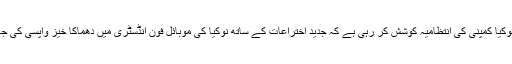
اب نوکیا کمپنی کی انتظامیہ کوشش کر رہی ہے کہ جدید اختراعات کے ساتھ نوکیا کی موبائل فون انڈسٹری میں دھماکا خیز واپسی کی جائے۔